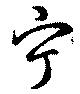
宁